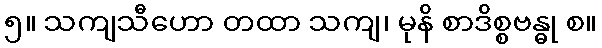
၅။ သကျသီဟော တထာ သကျ၊ မုနိ စာဒိစ္စဗန္ဓု စ။